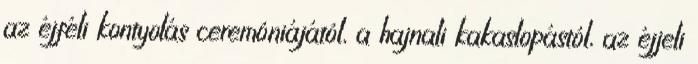
az éjféli kontyolás ceremóniájától, a hajnali kakaslopástól, az éjjeli